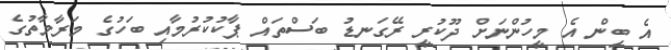
އެ ބިން އެ މީހުންނަށް ދޫކުރީ ރޭގަނޑު ބަސްތައް ޕާކުކުރުމާއި ބަހުގެ މަރާމާތުގެ